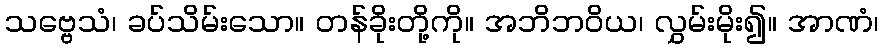
သဗ္ဗေသံ၊ ခပ်သိမ်းသော။ တန်ခိုးတို့ကို။ အဘိဘဝိယ၊ လွှမ်းမိုး၍။ အာဏံ၊